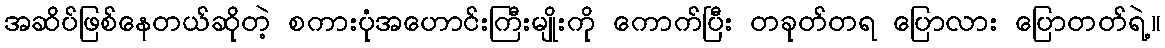
အဆိပ်ဖြစ်နေတယ်ဆိုတဲ့ စကားပုံအဟောင်းကြီးမျိုးကို ကောက်ပြီး တခုတ်တရ ပြောလား ပြောတတ်ရဲ့။